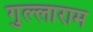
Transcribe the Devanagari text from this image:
गुल्लाराम